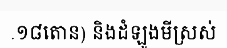
.១៨តោន) និងដំឡូងមីស្រស់